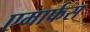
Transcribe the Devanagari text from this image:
एमार्फस